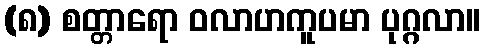
(၈) စတ္တာရော ဝလာဟကူပမာ ပုဂ္ဂလာ။